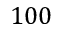
1 0 0